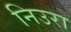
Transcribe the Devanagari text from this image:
निउरा